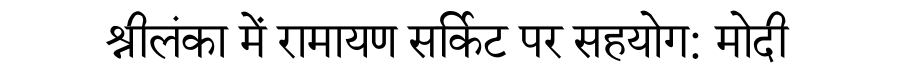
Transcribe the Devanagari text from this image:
श्रीलंका में रामायण सर्किट पर सहयोग: मोदी